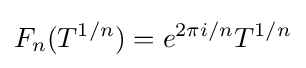
F_{n}(T^{1/n})=e^{2\pi i/n}T^{1/n}